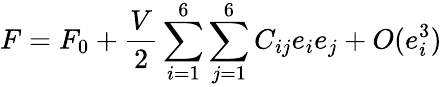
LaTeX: F=F_{0}+\frac{V}{2}\sum_{i=1}^{6}\sum_{j=1}^{6}C_{ij}e_{i}e_{j}+O(e_{i}^{3})